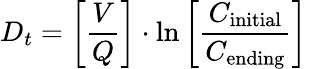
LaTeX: D_{t}=\left[{\frac{V}{Q}}\right]\cdot\ln\left[{\frac{C_{\mathrm{initial}}}{C_{\mathrm{ending}}}}\right]\quad